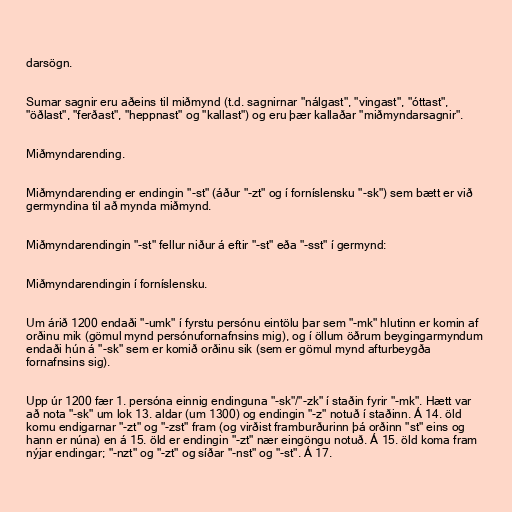
darsögn.

Sumar sagnir eru aðeins til miðmynd (t.d. sagnirnar "nálgast", "vingast", "óttast",
"öðlast", "ferðast", "heppnast" og "kallast") og eru þær kallaðar "miðmyndarsagnir".

Miðmyndarending.

Miðmyndarending er endingin "-st" (áður "-zt" og í forníslensku "-sk") sem bætt er við
germyndina til að mynda miðmynd.

Miðmyndarendingin "-st" fellur niður á eftir "-st" eða "-sst" í germynd:

Miðmyndarendingin í forníslensku.

Um árið 1200 endaði "-umk" í fyrstu persónu eintölu þar sem "-mk" hlutinn er komin af
orðinu mik (gömul mynd persónufornafnsins mig), og í öllum öðrum beygingarmyndum
endaði hún á "-sk" sem er komið orðinu sik (sem er gömul mynd afturbeygða
fornafnsins sig).

Upp úr 1200 fær 1. persóna einnig endinguna "-sk"/"-zk" í staðin fyrir "-mk". Hætt var
að nota "-sk" um lok 13. aldar (um 1300) og endingin "-z" notuð í staðinn. Á 14. öld
komu endigarnar "-zt" og "-zst" fram (og virðist framburðurinn þá orðinn "st" eins og
hann er núna) en á 15. öld er endingin "-zt" nær eingöngu notuð. Á 15. öld koma fram
nýjar endingar; "-nzt" og "-zt" og síðar "-nst" og "-st". Á 17.